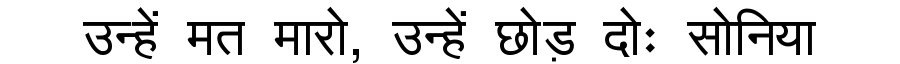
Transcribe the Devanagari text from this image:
उन्हें मत मारो, उन्हें छोड़ दोः सोनिया